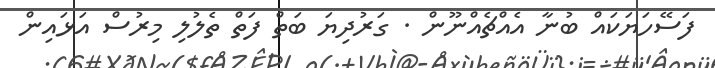
ފަސޭހަޔަކައް ބުނާ އެއްޗެއްނޫން . ގަރުދިޔަ ބަތް ފަތް ތެލުލި މިރުސް އަޅައިން